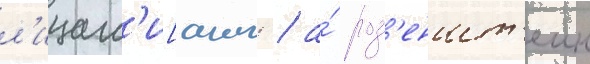
л'ицам'и[англ. / а́ роз'еншт'еин